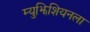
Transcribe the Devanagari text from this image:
म्युझिशियनला